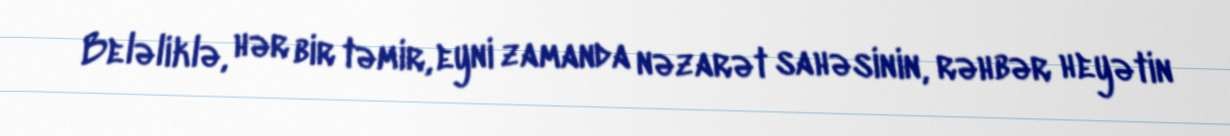
Beləliklə, hər bir təmir, eyni zamanda nəzarət sahəsinin, rəhbər heyətin